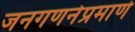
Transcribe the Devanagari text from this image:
जनगणनेप्रमाणे